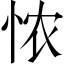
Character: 𢙐